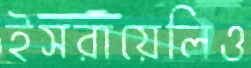
ইসরায়েলিও